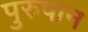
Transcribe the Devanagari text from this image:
पुरुषान